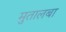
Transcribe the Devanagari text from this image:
मुतालबा